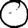
Digit: 0